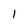
Character: 1